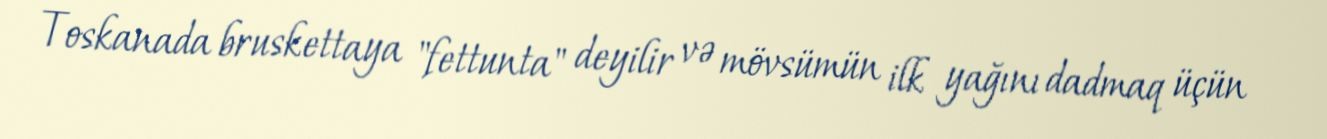
Toskanada bruskettaya "fettunta" deyilir və mövsümün ilk yağını dadmaq üçün